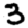
Digit: 3